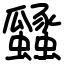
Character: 瓥